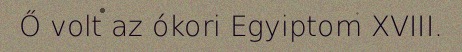
Ő volt az ókori Egyiptom XVIII.